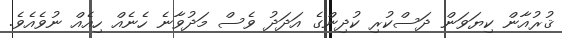
ޤުރުއާން ކިޔަވަން ދަސްކުރި ކުދިންގެ އަދަދު ވެސް މަދުވާނެ ހެނެއް ހިއެއް ނުވެއެވެ.